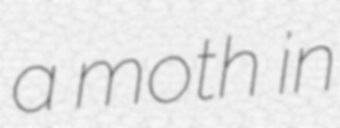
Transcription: a moth in